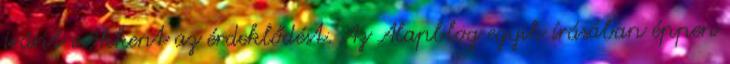
iránt csökkent az érdeklődést. Az Alapblog egyik írásában éppen